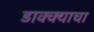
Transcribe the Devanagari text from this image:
डाक्क्याचा